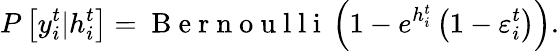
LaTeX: P\left[y_{i}^{t}|h_{i}^{t}\right]=\mathrm{~B~e~r~n~o~u~l~l~i~}\left(1-e^{h_{i}^{t}}\left(1-\varepsilon_{i}^{t}\right)\right).